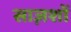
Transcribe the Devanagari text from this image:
साज़शों